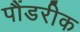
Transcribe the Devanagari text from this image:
पौंडरीक